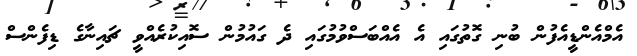
އެމްއެންޑީއެފުން ބުނި ގޮތުގައި އެ އެއްބަސްވުމުގައި ދެ ގައުމުން ސޮއިކުރެއްވީ ޗައިނާގެ ޑިފެންސް